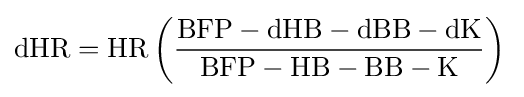
{\rm {{dHR=HR\left({\frac {BFP-dHB-dBB-dK}{BFP-HB-BB-K}}\right)}\,}}